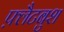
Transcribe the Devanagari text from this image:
फ़्लैटबुश